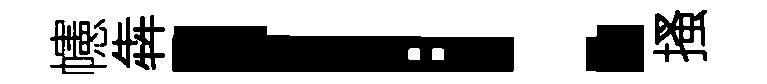
幰犇！搔